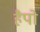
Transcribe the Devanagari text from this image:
हैपो